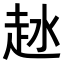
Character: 𧺵